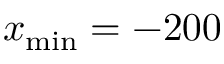
x _ { \operatorname* { m i n } } = - 2 0 0